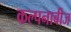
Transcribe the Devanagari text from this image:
कल्पनाबीज